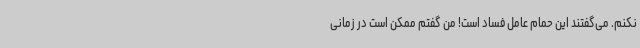
نکنم. می‌گفتند این حمام عامل فساد است! من گفتم ممکن است در زمانی